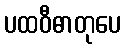
ပထဝီဓာတုပေ